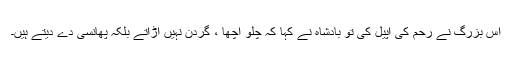
اس بزرگ نے رحم کی اپیل کی تو بادشاہ نے کہا کہ چلو اچھا ، گردن نہیں اڑاتے بلکہ پھانسی دے دیتے ہیں۔